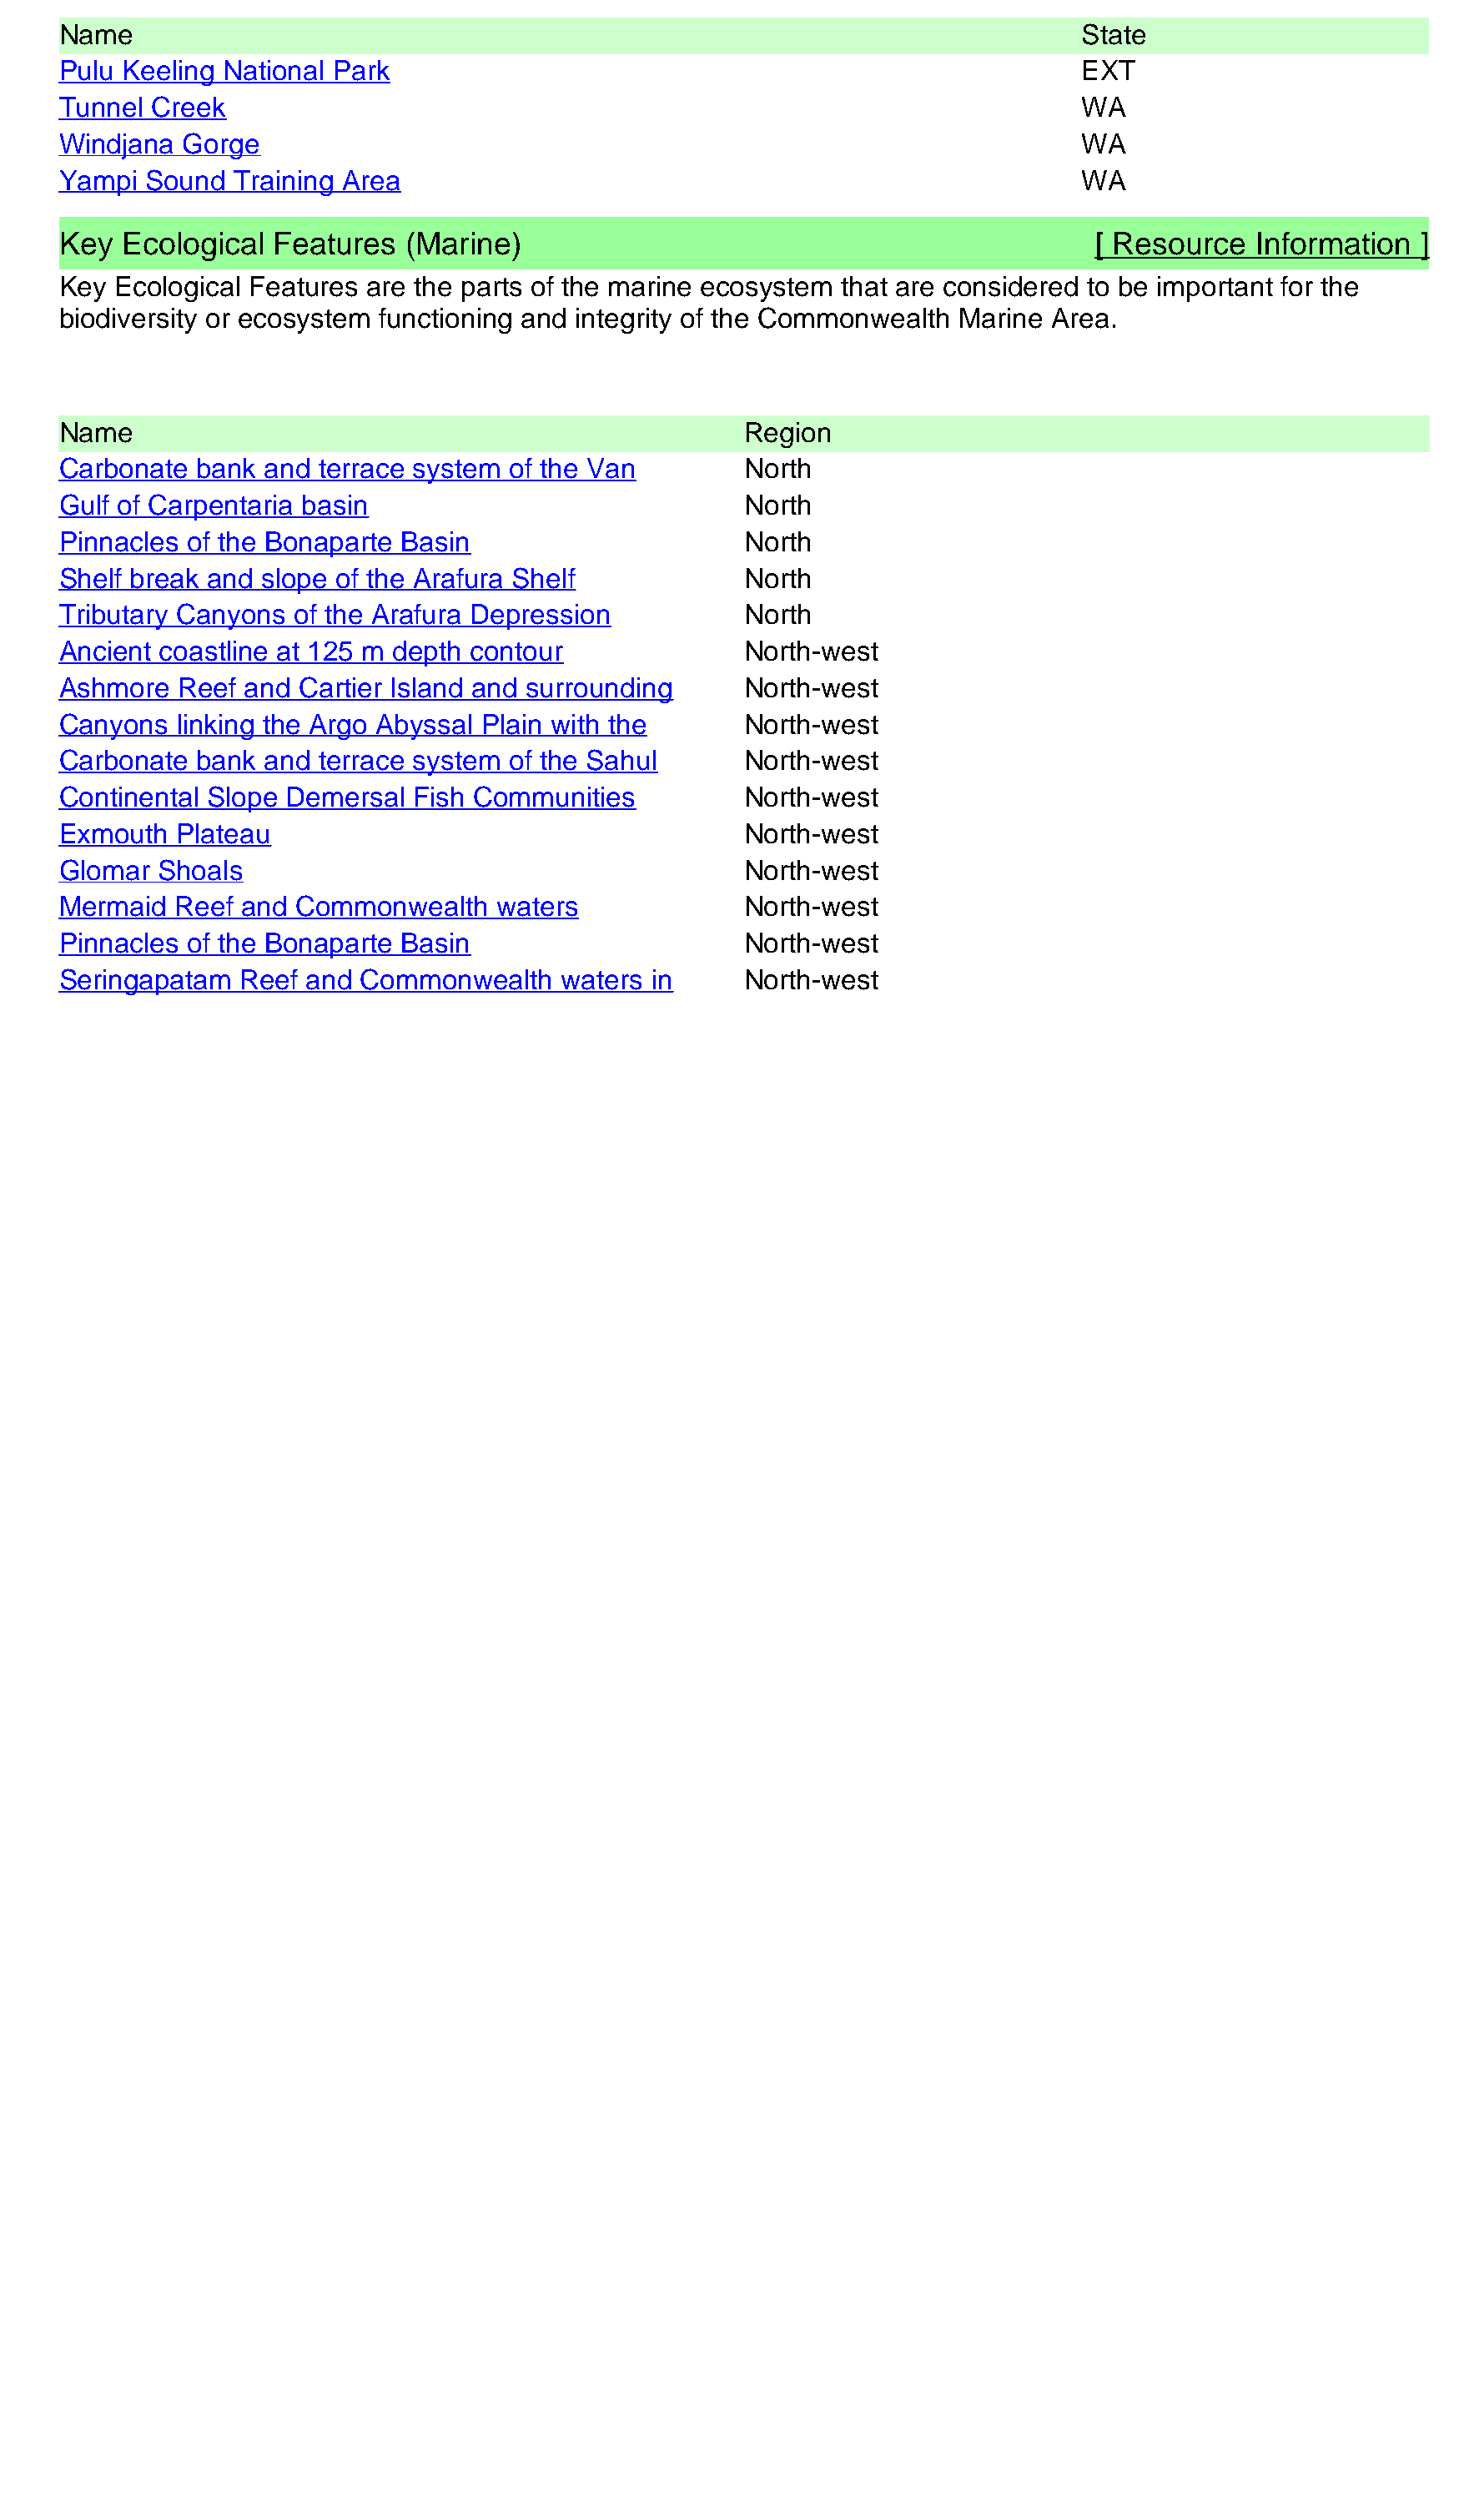
Name                                                                             State
 Pulu Keeling National Park                                                       EXT
 Tunnel Creek                                                                     WA
 Windjana  Gorge                                                                  WA
 Yampi  Sound  Training Area                                                      WA
 Key  Ecological  Features  (Marine)                                               [ Resource   Information  ]
 Key Ecological Features are the parts of the marine ecosystem that are considered to be important for the
 biodiversity or ecosystem functioning and integrity of the Commonwealth Marine Area.
 Name                                                  Region
 Carbonate  bank and terrace system of the Van         North
 Gulf of Carpentaria basin                             North
 Pinnacles of the Bonaparte Basin                      North
 Shelf break and slope of the Arafura Shelf            North
 Tributary Canyons of the Arafura Depression           North
 Ancient coastline at 125 m depth contour              North-west
 Ashmore  Reef and  Cartier Island and surrounding     North-west
 Canyons  linking the Argo Abyssal Plain with the      North-west
 Carbonate  bank and terrace system of the Sahul       North-west
 Continental Slope Demersal  Fish Communities          North-west
 Exmouth  Plateau                                      North-west
 Glomar  Shoals                                        North-west
 Mermaid  Reef and Commonwealth    waters              North-west
 Pinnacles of the Bonaparte Basin                      North-west
 Seringapatam  Reef and  Commonwealth    waters in     North-west